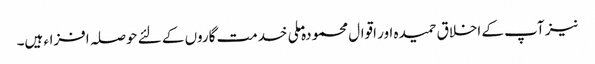
نیز آپ کے اخلاق حمیدہ اور اقوال محمودہ ملی خدمت گاروں کے لئے حوصلہ افزاء ہیں۔